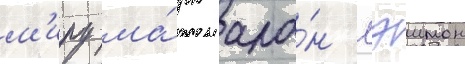
м'иру ма́рк ала́н мэимон